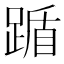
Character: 踲